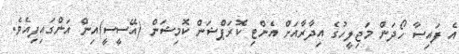
އެ ފައިސާ ހޯދަން މަޖިލީހުގެ އިދާރާއަށް އެންޓި ކޮރަޕްޝަން ކޮމިޝަން (އޭސީސީ)އިން އަންގައިފިއެވެ.